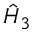
\hat { H } _ { 3 }